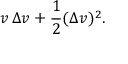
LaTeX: v \, \Delta v + { \frac { 1 } { 2 } } ( \Delta v ) ^ { 2 } .